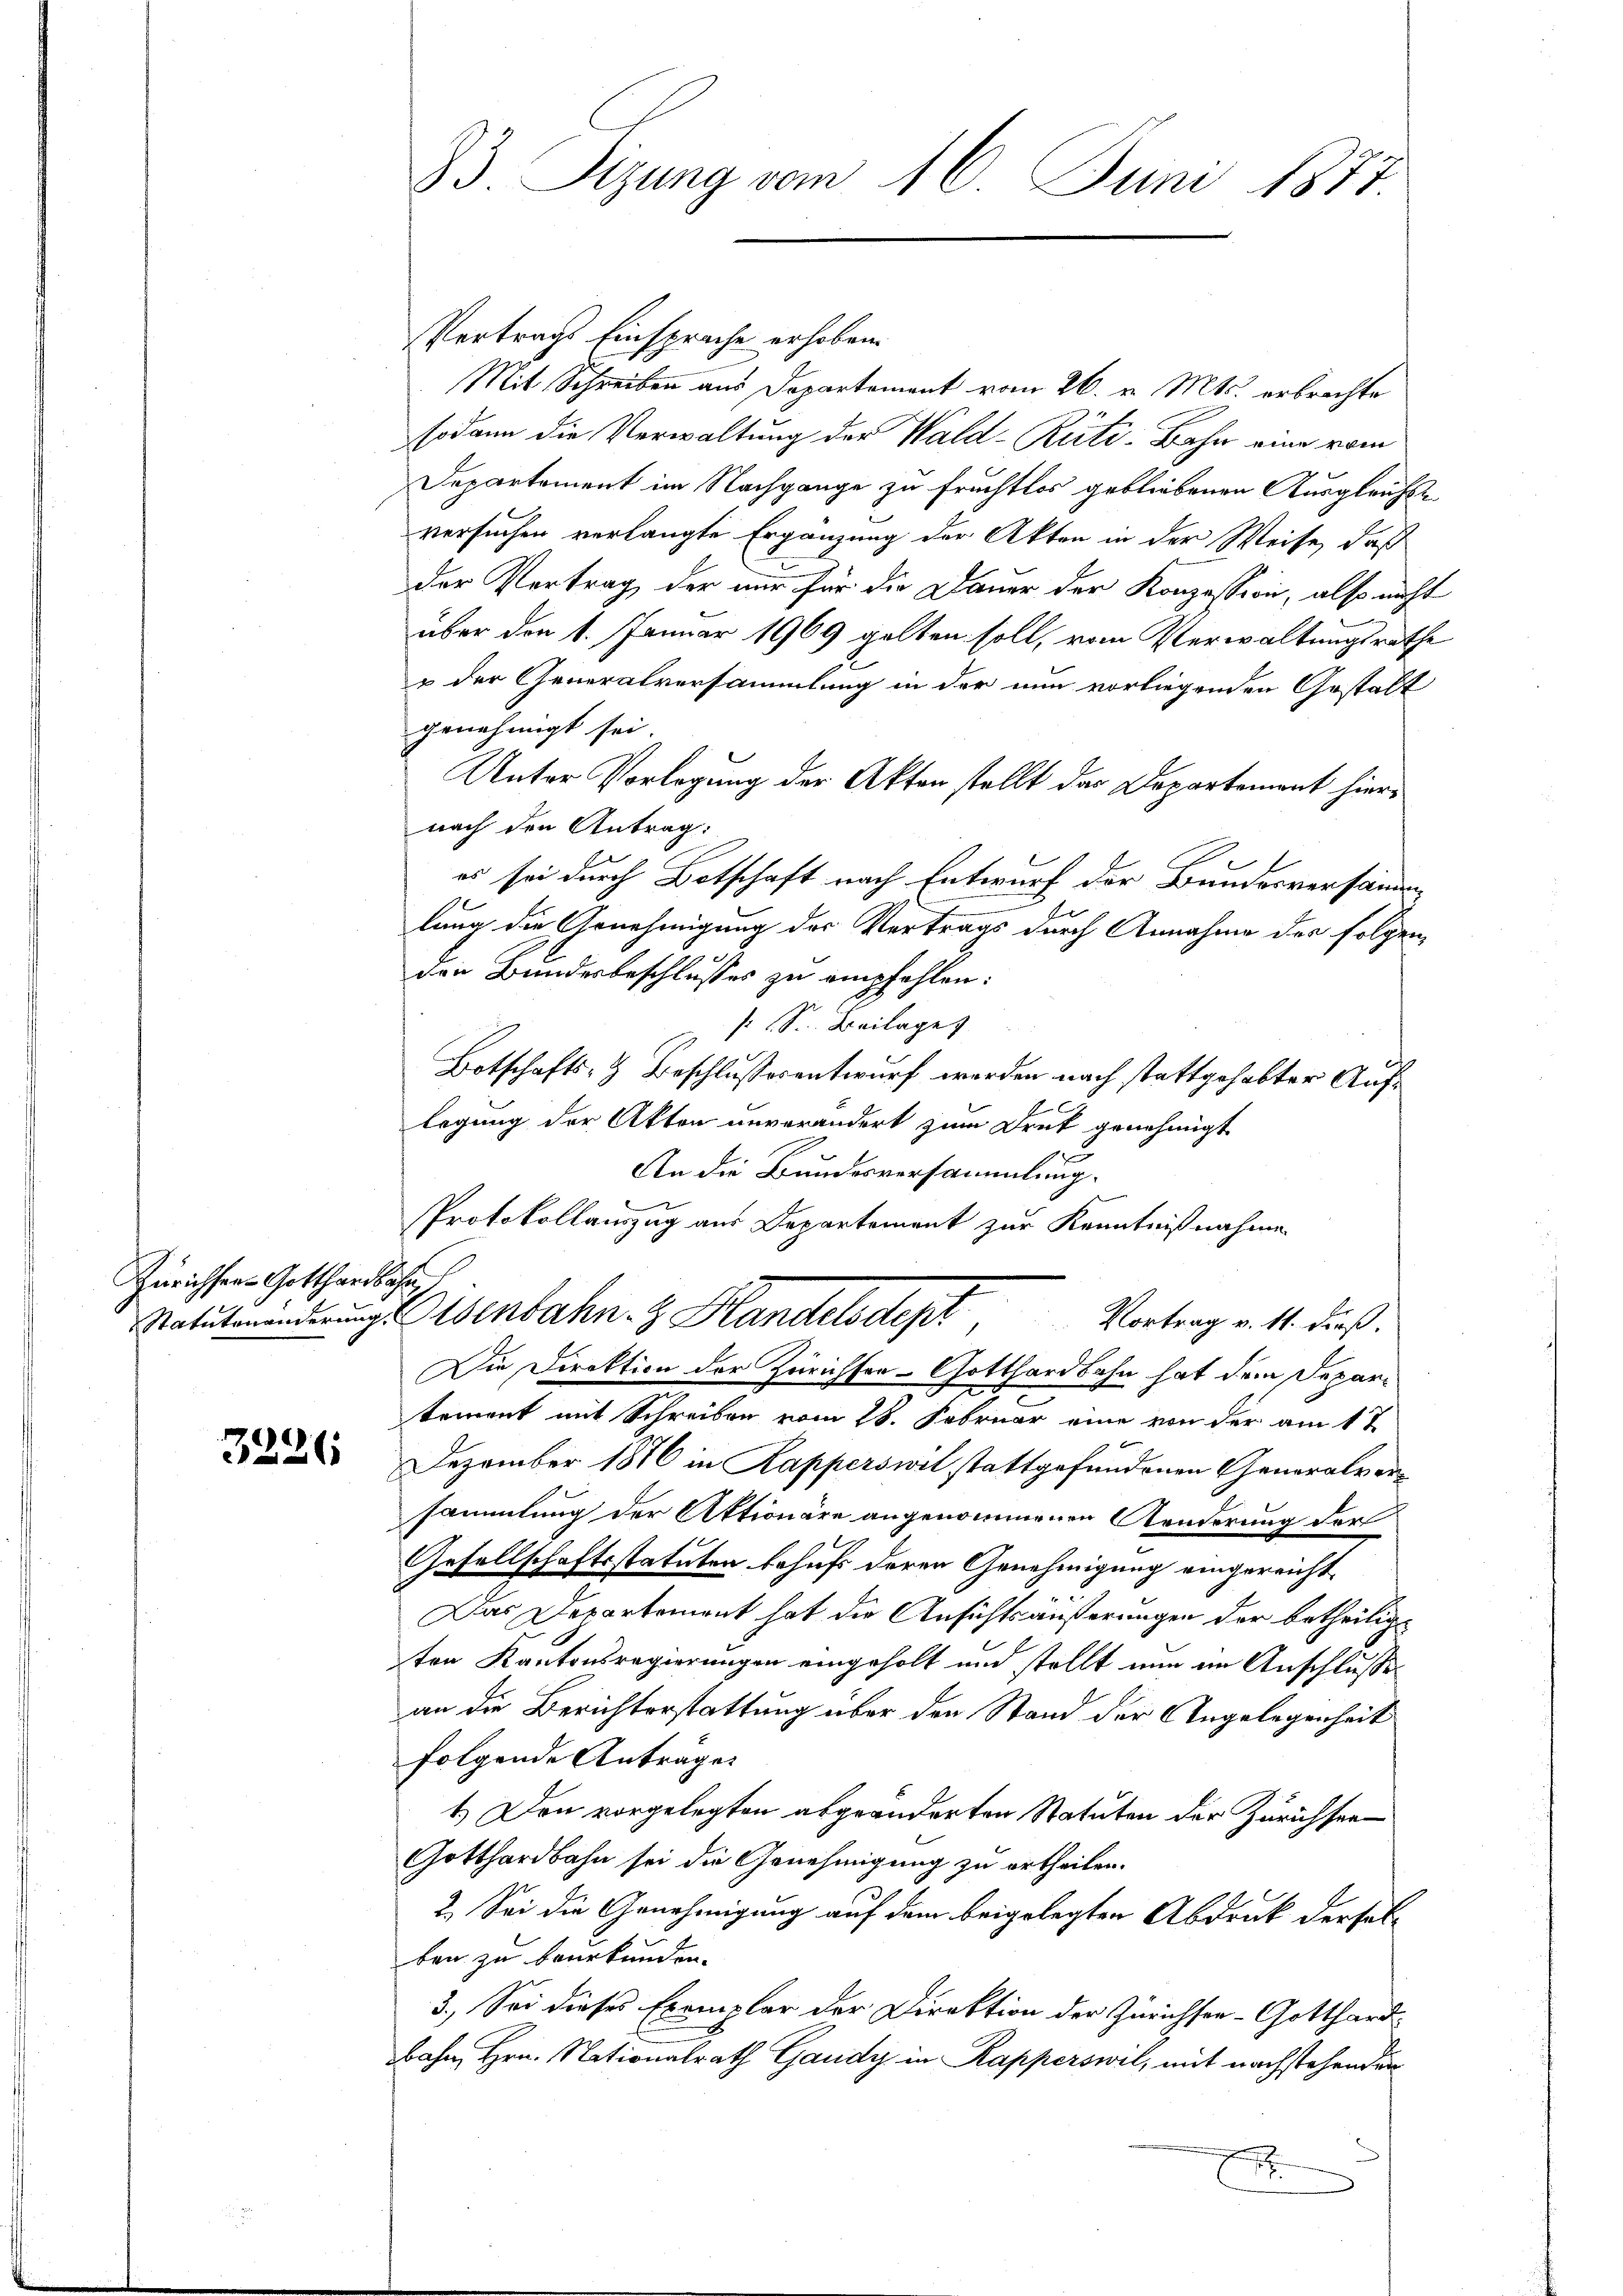
Zürichter- Gotthardbahn,

3226

83 Sizung vom 16. Juni 1877.

Vertrags Einsprache erhoben.
Mit Schreiben aus Departement vom 26. v. Mts. erbrachte
sodann die Verwaltung der Wald–Rüti-Bahn eine vom
Departement im Nachgange zu fruchtlos gebliebenen Ausgleichsversuchen verlangte Ergänzung der Akten in der Weise, daß
der Vertrag, der nur für die Dauer der Konzession, also nicht
über den 1. Januar 1969 galten soll, vom Verwaltungsrathe
 der Generalversammlung in der nun vorliegenden Gestalt
genehmigt sei.
Unter Vorlegung der Akten stellt das Departement hiernach den Antrag:
es sei durch Botschaft nach Entwurf der Bundesversänden
.
lung die Genehmigung der Vertrags durch Annahme der folgen,
den Bundesbeschlusses zu empfehlen:
 S. Beilage
Botschafts- & Beschlußesentwurf werden nach stattgehabter Auflegung der Akten unverändert zum Drut genehmigt
An die Bundesversammlung.
Protokollauszug aus Departement zur Kenntnißnahme
Ratutenanderung Osenbahn. Handelsdept
Vortrag v. 11. dieß.
Die Direktion der Zürichten - Gotthardbahn hat dem Deparitement mit Schreiben vom 28. Februar eine von der am 17
Dezember 1876 in Kapperswil stattgefundenen Generalversammlung der Aktionäre angenommenen Aenderung der
Gesellschaftsstatuten behufs deren Genehmigung eingereicht
Das Departement hat die Ansichtsäußerungen der betheiligten Kantonsregierungen eingeholt und stellt nun im Anschlusse
an die Berichterstattung über den Stand der Angelegenheit
folgende Anträge
1.) Den vorgelegten abgeänderten Statuten der Zürichten
Gotthardbahn sei die Genehmigung zu ertheilen.
2. Sei die Genehmigung auf dem beigelegten Abdruck derselben zu beurkunden.
3.) Sei dieses Exemplar der Direktion der Zürichsee-Gotthard-
bahn, Hrn. Nationalrath Gaudy in Kapperswil, mit nachstehenden
E